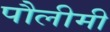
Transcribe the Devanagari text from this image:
पौलीमी